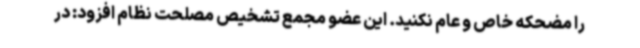
را مضحکه خاص و عام نکنید. این عضو مجمع تشخیص مصلحت نظام افزود: در